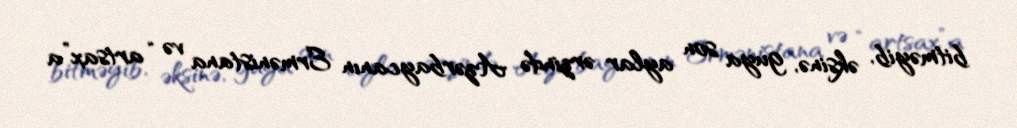
bitməyib, əksinə, guya son aylar ərzində Azərbaycanın Ermənistana və “artsax”a